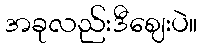
အခုလည်းဒီဈေးပဲ။